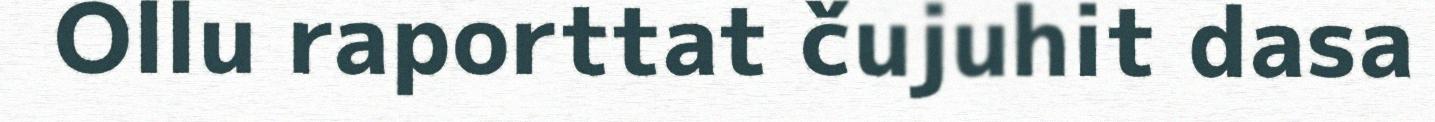
Ollu raporttat čujuhit dasa